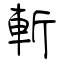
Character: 斬